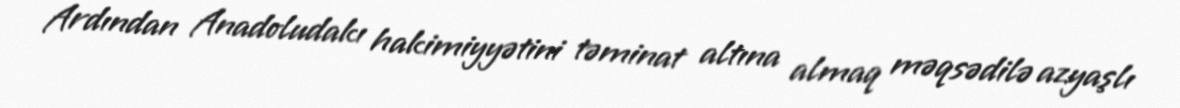
Ardından Anadoludakı hakimiyyətini təminat altına almaq məqsədilə azyaşlı